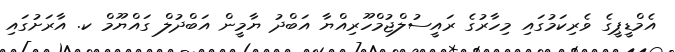
އެމްޑީޕީގެ ވެރިކަމުގައި މިހާރުގެ ރައީސުލްޖުމްހޫރިއްޔާ އަބްދު ޔާމީން އަބްދުލް ގައްޔޫމް ކ. އާރަށުގައި